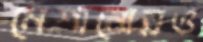
মেশানোরও